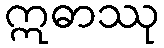
ဣဓာဿု